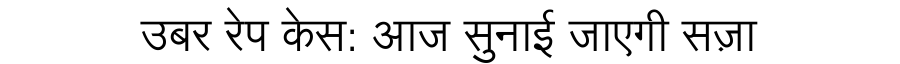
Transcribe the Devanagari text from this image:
उबर रेप केस: आज सुनाई जाएगी सज़ा